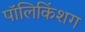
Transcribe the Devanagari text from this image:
पॉलिकिंशग